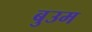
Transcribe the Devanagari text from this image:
बुउम